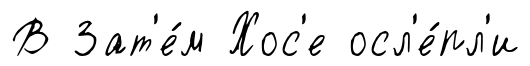
В Зат'е́м Хос'е осл'е́пл'и